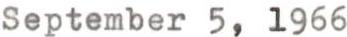
September 5, 1966